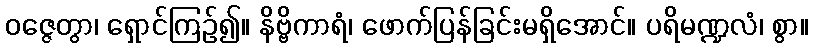
ဝဇ္ဇေတွာ၊ ရှောင်ကြဉ်၍။ နိဗ္ဗိကာရံ၊ ဖောက်ပြန်ခြင်းမရှိအောင်။ ပရိမဏ္ဍလံ၊ စွာ။